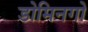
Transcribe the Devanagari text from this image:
डोमिनगो